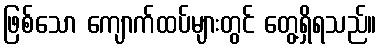
ဖြစ်သော ကျောက်ထပ်များတွင် တွေ့ရှိရသည်။